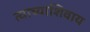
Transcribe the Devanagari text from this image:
त्याच्याशिवाय